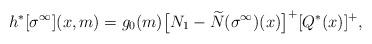
LaTeX: \begin{align*}h^* [ \sigma^{\infty} ] (x,m) = g_{0}(m)\big[N_1-\widetilde{N}(\sigma^{\infty})(x) \big]^{+} [Q^* (x) ]^{+} ,\end{align*}